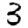
Digit: 3